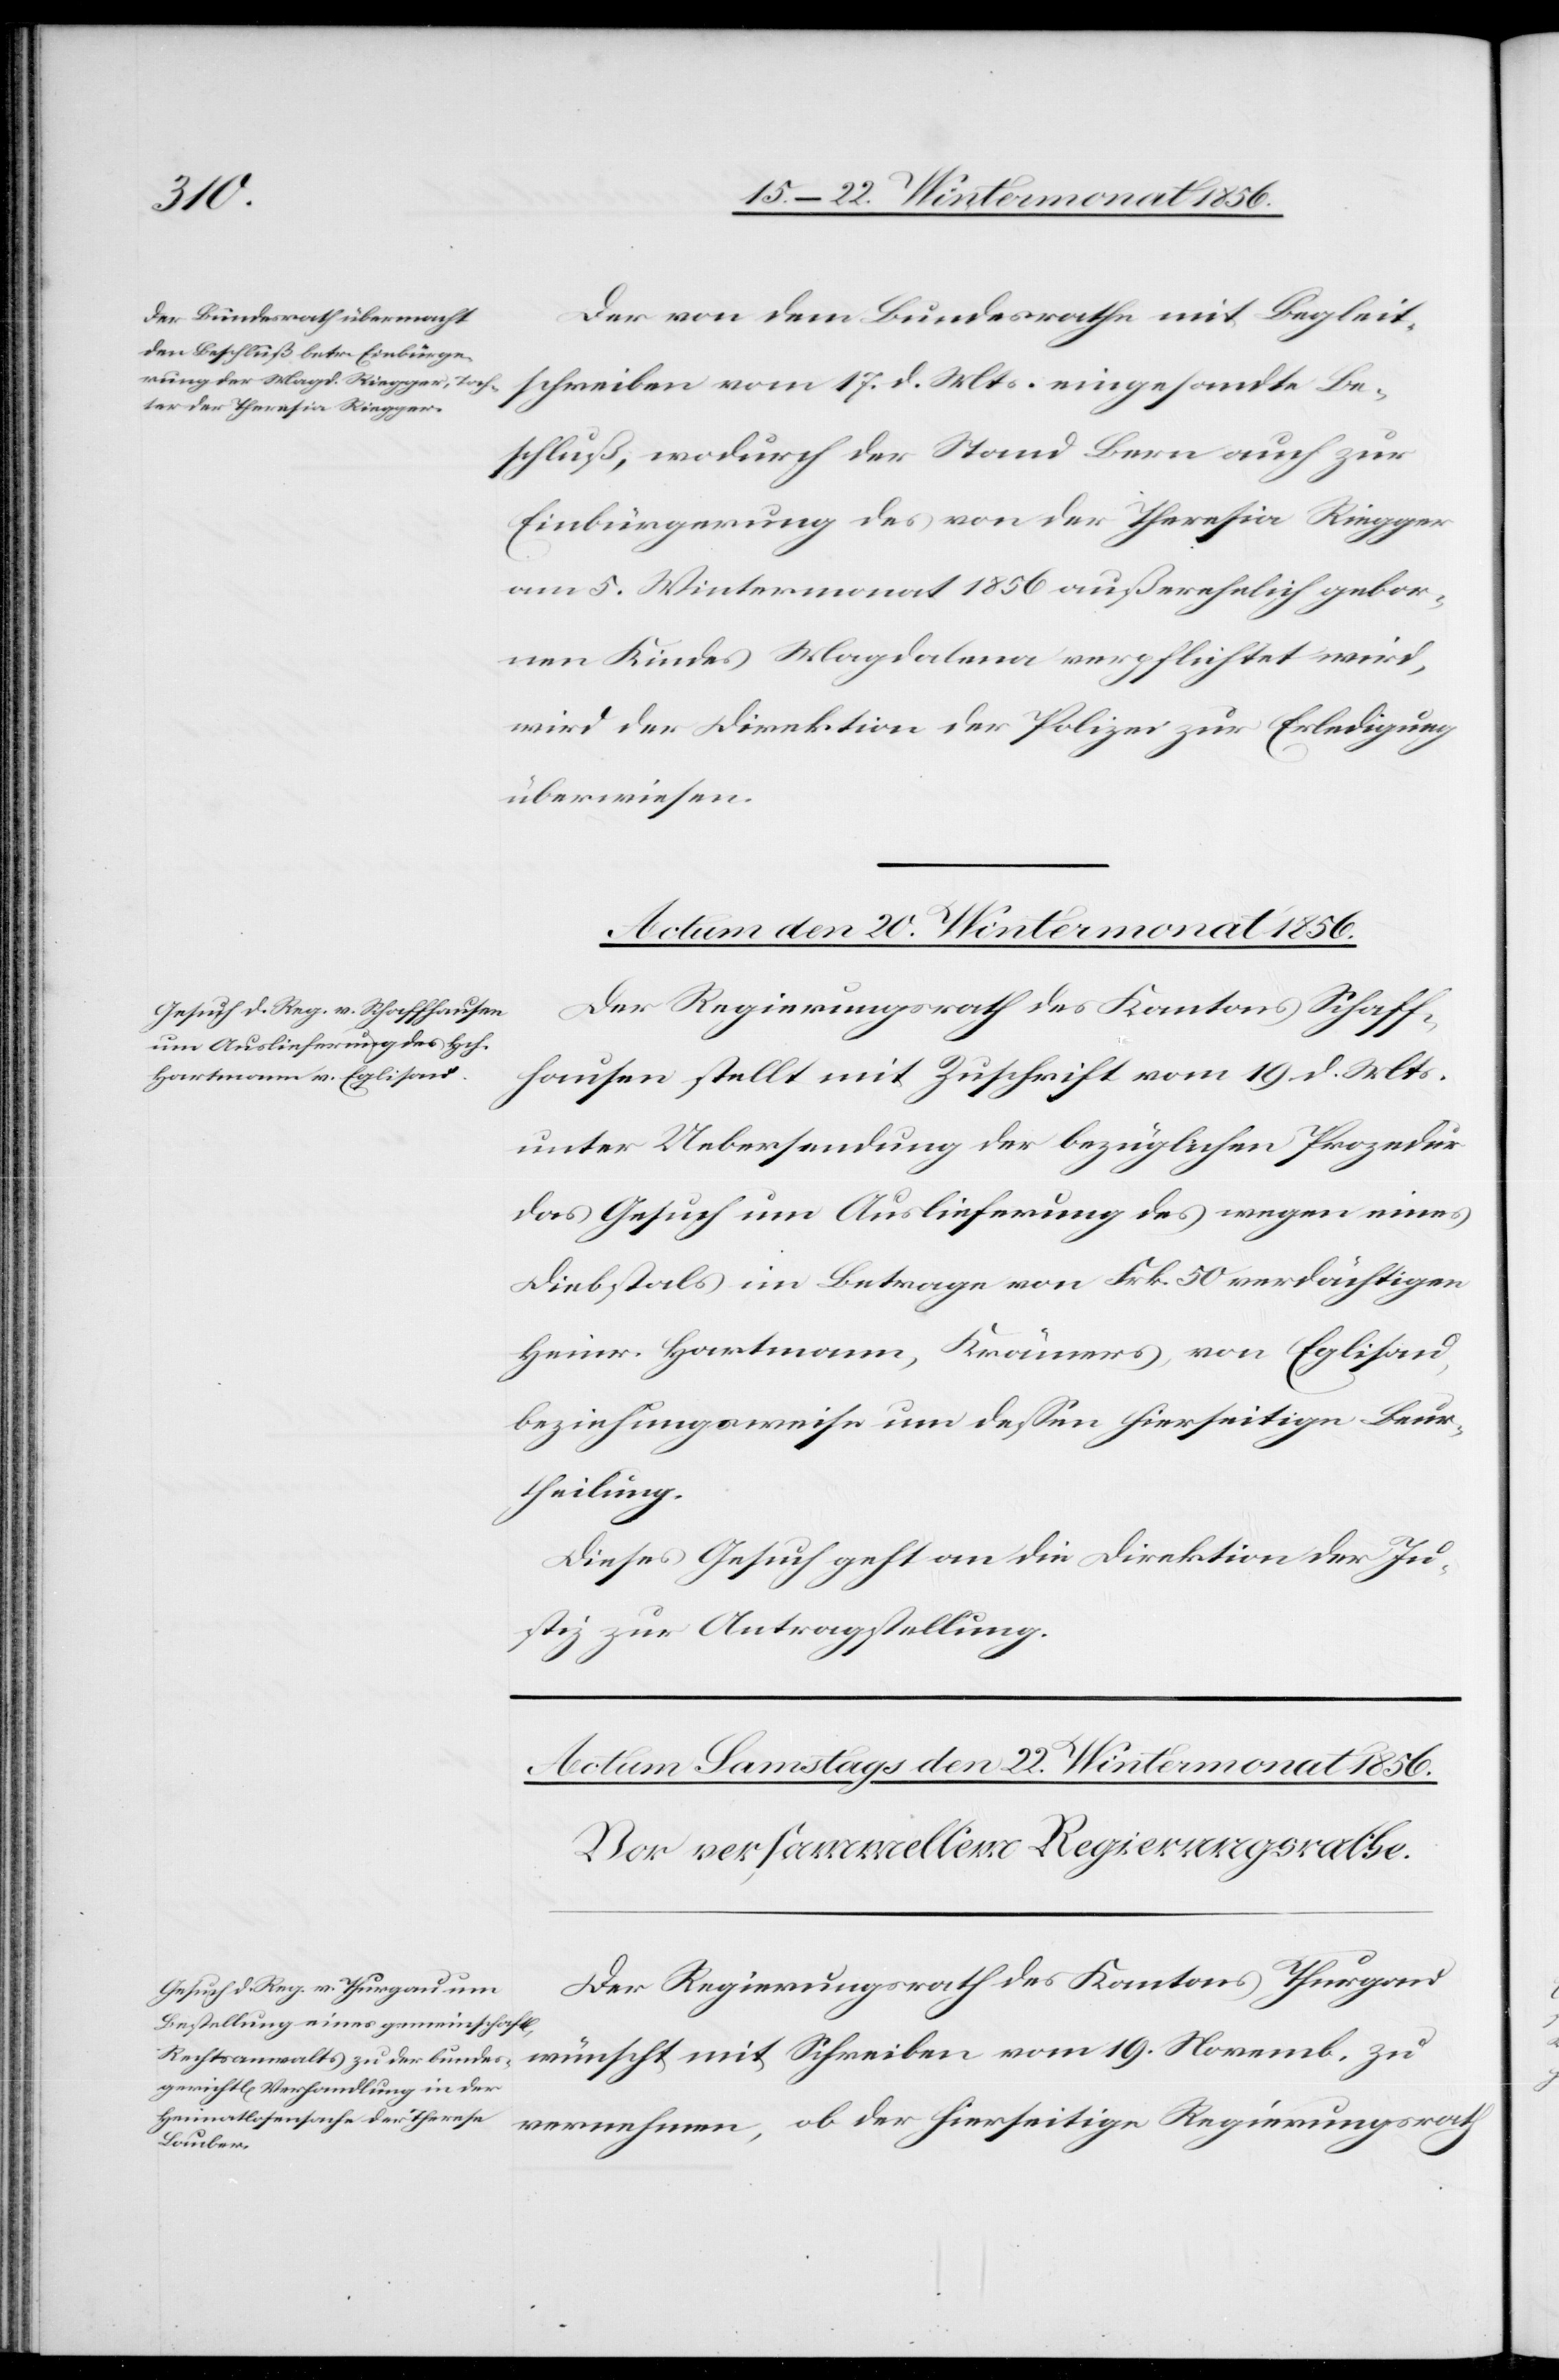
Mts.
Der von dem Bundesrathe mit Begleit¬
Beschluß, wodurch der Stand Bern auch zur
Einbürgerung des von der Theresia Riegger
am 5. Wintermonat 1856 außerehelich gebor¬
nen Kindes Magdalena verpflichtet wird,
wird der Direktion der Polizei zur Erledigung
überwiesen.
Actum den 20. Wintermonat 1856.
Der Regierungsrath des Kantons Schaff¬
hausen stellt mit Zuschrift vom 19. d. Mts.
unter Uebersendung der bezüglichen Prozedur
das Gesuch um Auslieferung des wegen eines
Diebstahls im Betrage von Frk. 50 verdächtigen
Heinr. Hartmann, Krämers, von Eglisau,
beziehungsweise um dessen hierseitige Beur¬
theilung.
Dieses Gesuch geht an die Direktion der Ju¬
stiz zur Antragstellung.
Der Regierungsrath des Kantons Thurgau
vernehmen, ob der hierseitige Regierungsrath
schreiben